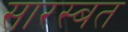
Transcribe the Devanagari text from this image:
सारस्बत